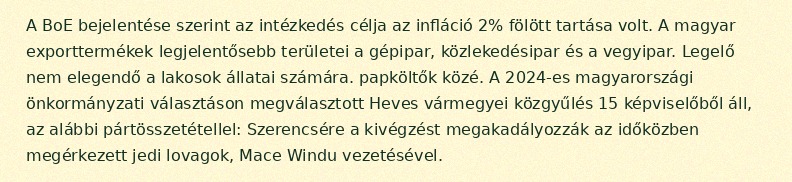
A BoE bejelentése szerint az intézkedés célja az infláció 2% fölött tartása volt. A magyar exporttermékek legjelentősebb területei a gépipar, közlekedésipar és a vegyipar. Legelő nem elegendő a lakosok állatai számára. papköltők közé. A 2024-es magyarországi önkormányzati választáson megválasztott Heves vármegyei közgyűlés 15 képviselőből áll, az alábbi pártösszetétellel: Szerencsére a kivégzést megakadályozzák az időközben megérkezett jedi lovagok, Mace Windu vezetésével.